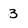
Character: 3